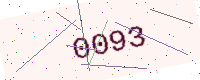
Text: 0093